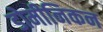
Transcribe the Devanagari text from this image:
डोमीनिकन